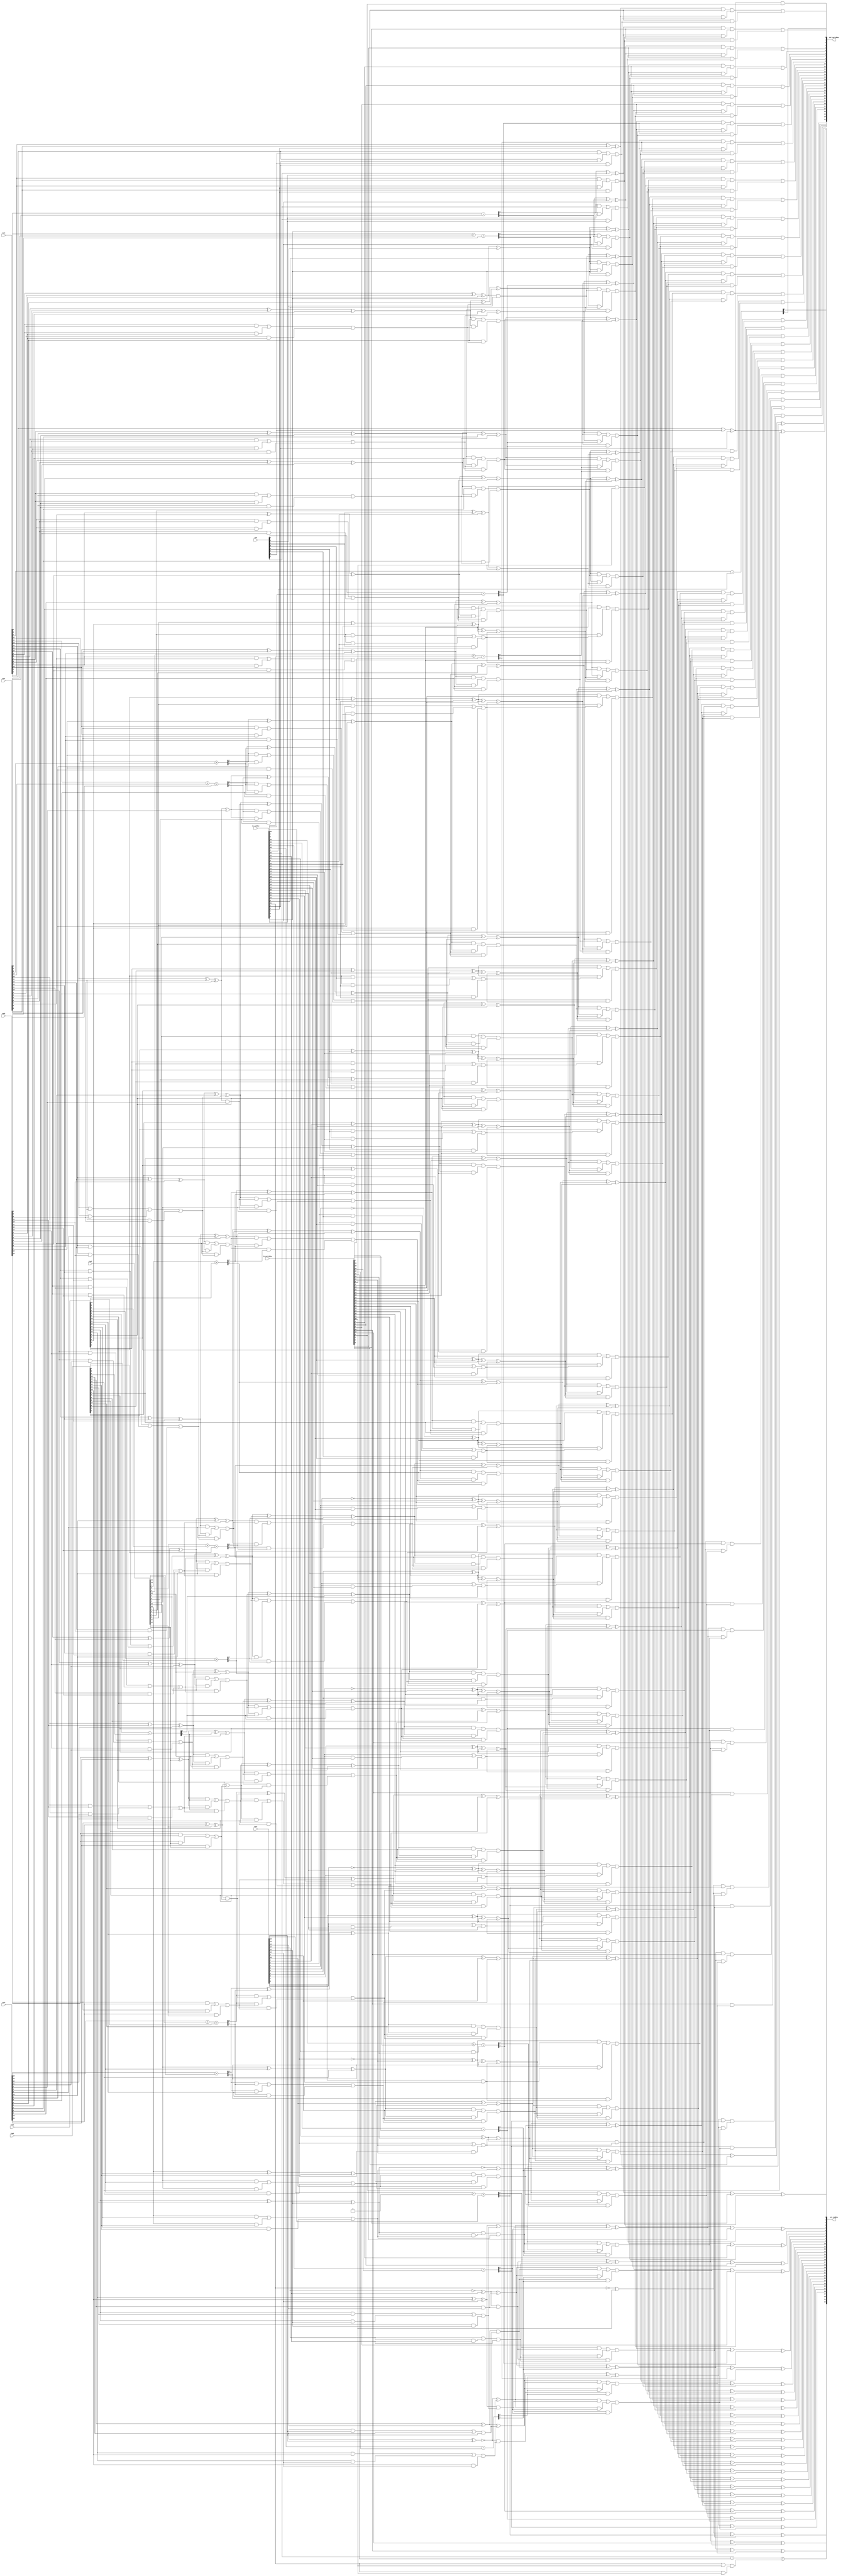
//`include "half_adder.v"
//`include "full_adder.v"
//`include "compressor4_2.v"


module Dadda(row0, row1, row2, row3, row4, row5, row6, row7, add, 
             in_sumRow, in_carryRow, out_sumRow, out_carryRow);

parameter BITWIDTH = 16;

//partial product row
input [16:0]    row0;
input [16:0]    row1;
input [16:0]    row2;
input [16:0]    row3;
input [16:0]    row4;
input [16:0]    row5;
input [16:0]    row6;
input [16:0]    row7;
input [7:0]     add;                 // 2's complement for each row
input [32:0]    in_sumRow;           // feedback row of sum
input [32:1]    in_carryRow;         // feedback row of carry

output reg [32:0]    out_sumRow;          // row of sum
output reg [32:1]    out_carryRow;        // row of carry

//reg [15:0] constant = 16'b1010_1010_1010_1011;

reg [21:13] stage1_cout;
reg [22:11] stage1_sum;
reg [18:15] stage1_sum2;
reg [23:12] stage1_carry;
reg [19:16] stage1_carry2;

reg [30:5]  stage2_cout;
reg [25:9]  stage2_cout2;
reg [30:3]  stage2_sum;
reg [28:7]  stage2_sum2;
reg [31:4]  stage2_carry;
reg [29:8]  stage2_carry2;

reg [32:1]  stage3_cout;
reg [32:0]  stage3_sum;
reg [33:1]  stage3_carry;

//---------------- stage 1  reduce 11->8 ----------------//
//reconnect input row
wire [32:0]  stage1_row0  = {in_sumRow[32], 1'b1, row7[16:15], row6[16:15], row5[16:15], row4[16:15], row3[16:15], row2[16:15], row1[16:15], row0};
wire [32:0]  stage1_row1  = {in_carryRow[32], in_sumRow[31], 2'b01, row7[14:13], row6[14:13], row5[14:13], row4[14:13], row3[14:13], row2[14:13], row1[14:0], add[0], in_sumRow[0]};
wire [31:1]  stage1_row2  = {in_carryRow[31], in_sumRow[30:29], 2'b01, row7[12:11], row6[12:11], row5[12:11], row4[12:11], row3[12:11], row2[12:0], add[1], in_sumRow[2:1]};
wire [30:1]  stage1_row3  = {in_carryRow[30:29], in_sumRow[28:27], 2'b01, row7[10:9], row6[10:9], row5[10:9], row4[10:9], row3[10:0], add[2], in_sumRow[4:3], in_carryRow[2:1]};
wire [28:3]  stage1_row4  = {in_carryRow[28:27], in_sumRow[26:25], 2'b01, row7[8:7], row6[8:7], row5[8:7], row4[8:0], add[3], in_sumRow[6:5], in_carryRow[4:3]};
wire [26:5]  stage1_row5  = {in_carryRow[26:25], in_sumRow[24:23], 2'b01, row7[6:5], row6[6:5], row5[6:0], add[4], in_sumRow[8:7], in_carryRow[6:5]};
wire [24:7]  stage1_row6  = {in_carryRow[24:23], in_sumRow[22:21], 2'b01, row7[4:3], row6[4:0], add[5], in_sumRow[10:9], in_carryRow[8:7]};
wire [22:9]  stage1_row7  = {in_carryRow[22:21], in_sumRow[20:19], 2'b01, row7[2:0], add[6], in_sumRow[12:11], in_carryRow[10:9]};
wire [20:11] stage1_row8  = {in_carryRow[20:19], in_sumRow[18:17], 1'b1, add[7], in_sumRow[14:13], in_carryRow[12:11]};
wire [18:13] stage1_row9  = {in_carryRow[18:17], in_sumRow[16:15], in_carryRow[14:13]};
wire [16:15] stage1_row10 = {in_carryRow[16:15]};

//---------------- stage 2  reduce 8->4 ----------------//
//reconnect input row
wire [32:0] stage2_row0 = {stage1_row0[32:23], stage1_sum[22:11], stage1_row0[10:0]};
wire [32:0] stage2_row1 = {stage1_row1[32:23], stage1_carry[22:12], stage1_row2[11], stage1_row1[10:0]};
wire [31:1] stage2_row2 = {stage1_row2[31:22], stage1_cout[21], stage1_row3[20:19], stage1_sum2[18:15], stage1_row4[14:13], stage1_row3[12:11], stage1_row2[10:1]};
wire [30:1] stage2_row3 = {stage1_row3[30:21], stage1_row4[20:19], stage1_carry2[18:16], stage1_row6[15], stage1_row5[14:13], stage1_row4[12], stage1_row4[11], stage1_row3[10:1]};
wire [28:3] stage2_row4 = {stage1_row4[28:21], stage1_row5[20:19], stage1_row6[18:17], stage1_row7[16], stage1_row7[15], stage1_row6[14:13], stage1_row5[12], stage1_row5[11], stage1_row4[10:3]};
wire [26:5] stage2_row5 = {stage1_row5[26:21], stage1_row6[20:19], stage1_row7[18:17], stage1_row8[16], stage1_row8[15], stage1_row7[14:13], stage1_row6[12], stage1_row6[11], stage1_row5[10:5]};
wire [24:7] stage2_row6 = {stage1_row6[24:21], stage1_row7[20:19], stage1_row8[18:17], stage1_row9[16], stage1_row9[15], stage1_row8[14:13], stage1_row7[12], stage1_row7[11], stage1_row6[10:7]};
wire [23:9] stage2_row7 = {stage1_carry[23], stage1_row7[22:21], stage1_row8[20:19], stage1_row9[18:17], stage1_row10[16], stage1_row10[15], stage1_row9[14:13], stage1_row8[12], stage1_row8[11], stage1_row7[10:9]};

//---------------- stage 3  reduce 4->2 ----------------//
//reconnect input row
wire [32:0] stage3_row0 = {stage2_row0[32:31], stage2_sum[30:3], stage2_row0[2:0]};
wire [32:0] stage3_row1 = {stage2_row1[32:31], stage2_carry[30:4], stage2_row2[3], stage2_row1[2:0]};
wire [31:1] stage3_row2 = {stage2_row2[31], stage2_cout[30], stage2_carry2[29], stage2_sum2[28:7], stage2_row4[6:5], stage2_row3[4:3], stage2_row2[2:1]};
wire [31:1] stage3_row3 = {stage2_carry[31], stage2_row3[30:29], stage2_carry2[28:8], stage2_row6[7], stage2_row5[6:5], stage2_row4[4:3], stage2_row3[2:1]};



//adder tree
integer i, j, k, m;
always @(*) begin
	//-----------------------------------------------------------------------------//
	//                                   stage 1                                   //
	//-----------------------------------------------------------------------------//
	{stage1_carry[12], stage1_sum[11]} = stage1_row0[11] + stage1_row1[11];
	{stage1_carry[13], stage1_sum[12]} = stage1_row0[12] + stage1_row1[12] + stage1_row2[12];
	stage1_cout[13] = 1'b0;

	for(i=13; i<=20; i=i+1) begin: stage1_42compressor
		if(i==19) begin
			stage1_cout[i+1] = (stage1_row0[i]&stage1_row1[i]) | (stage1_row0[i]&stage1_row2[i]) | (stage1_row1[i]&stage1_row2[i]);
			stage1_sum[i] = stage1_row0[i]^stage1_row1[i]^stage1_row2[i]^stage1_carry2[19]^stage1_cout[i];
			stage1_carry[i+1] = ((stage1_row0[i]^stage1_row1[i]^stage1_row2[i])&stage1_carry2[19]) | ((stage1_row0[i]^stage1_row1[i]^stage1_row2[i])&stage1_cout[i]) | (stage1_carry2[19]&stage1_cout[i]);
		end
		else if(i==20) begin
			stage1_cout[i+1] = (stage1_row0[i]&stage1_row1[i]) | (stage1_row0[i]&stage1_row2[i]) | (stage1_row1[i]&stage1_row2[i]);
			stage1_sum[i] = stage1_row0[i]^stage1_row1[i]^stage1_row2[i]^1'b0^stage1_cout[i];
			stage1_carry[i+1] = ((stage1_row0[i]^stage1_row1[i]^stage1_row2[i])&1'b0) | ((stage1_row0[i]^stage1_row1[i]^stage1_row2[i])&stage1_cout[i]) | (1'b0&stage1_cout[i]);
		end
		else begin
			stage1_cout[i+1] = (stage1_row0[i]&stage1_row1[i]) | (stage1_row0[i]&stage1_row2[i]) | (stage1_row1[i]&stage1_row2[i]);
			stage1_sum[i] = stage1_row0[i]^stage1_row1[i]^stage1_row2[i]^stage1_row3[i]^stage1_cout[i];
			stage1_carry[i+1] = ((stage1_row0[i]^stage1_row1[i]^stage1_row2[i])&stage1_row3[i]) | ((stage1_row0[i]^stage1_row1[i]^stage1_row2[i])&stage1_cout[i]) | (stage1_row3[i]&stage1_cout[i]);
		end
	end

	{stage1_carry[22], stage1_sum[21]} = stage1_row0[21] + stage1_row1[21] + stage1_row2[21];
	{stage1_carry[23], stage1_sum[22]} = stage1_row0[22] + stage1_row1[22];
	
	//second layer in stage 1
	{stage1_carry2[16], stage1_sum2[15]} = stage1_row4[15] + stage1_row5[15];
	{stage1_carry2[17], stage1_sum2[16]} = stage1_row4[16] + stage1_row5[16] + stage1_row6[16];
	{stage1_carry2[18], stage1_sum2[17]} = stage1_row4[17] + stage1_row5[17];
	{stage1_carry2[19], stage1_sum2[18]} = stage1_row4[18] + stage1_row5[18];


	{stage2_carry[4], stage2_sum[3]} = stage2_row0[3] + stage2_row1[3];
	{stage2_carry[5], stage2_sum[4]} = stage2_row0[4] + stage2_row1[4] + stage2_row2[4];
	stage2_cout[5] = 1'b0;

	for(j=5; j<=29; j=j+1) begin: stage2_42compressor_layer1
		if(j>=27) begin
			stage2_cout[j+1] = (stage2_row0[j]&stage2_row1[j]) | (stage2_row0[j]&stage2_row2[j]) | (stage2_row1[j]&stage2_row2[j]);
			stage2_sum[j] = stage2_row0[j]^stage2_row1[j]^stage2_row2[j]^1'b0^stage2_cout[j];
			stage2_carry[j+1] = ((stage2_row0[j]^stage2_row1[j]^stage2_row2[j])&1'b0) | ((stage2_row0[j]^stage2_row1[j]^stage2_row2[j])&stage2_cout[j]) | (1'b0&stage2_cout[j]);
		end
		else begin
			stage2_cout[j+1] = (stage2_row0[j]&stage2_row1[j]) | (stage2_row0[j]&stage2_row2[j]) | (stage2_row1[j]&stage2_row2[j]);
			stage2_sum[j] = stage2_row0[j]^stage2_row1[j]^stage2_row2[j]^stage2_row3[j]^stage2_cout[j];
			stage2_carry[j+1] = ((stage2_row0[j]^stage2_row1[j]^stage2_row2[j])&stage2_row3[j]) | ((stage2_row0[j]^stage2_row1[j]^stage2_row2[j])&stage2_cout[j]) | (stage2_row3[j]&stage2_cout[j]);
		end	
	end


	//-----------------------------------------------------------------------------//
	//                                   stage 2                                   //
	//-----------------------------------------------------------------------------//
	{stage2_carry[31], stage2_sum[30]} = stage2_row0[30] + stage2_row1[30] + stage2_row2[30];

	{stage2_carry2[8], stage2_sum2[7]} = stage2_row4[7] + stage2_row5[7];
	{stage2_carry2[9], stage2_sum2[8]} = stage2_row4[8] + stage2_row5[8] + stage2_row6[8];
	stage2_cout2[9] = 1'b0;
	
	for(k=9; k<=24; k=k+1) begin: stage2_42compressor_layer2
		if(k==24) begin
			stage2_cout2[k+1] = (stage2_row4[k]&stage2_row5[k]) | (stage2_row4[k]&stage2_row6[k]) | (stage2_row5[k]&stage2_row6[k]);
			stage2_sum2[k] = stage2_row4[k]^stage2_row5[k]^stage2_row6[k]^1'b0^stage2_cout2[k];
			stage2_carry2[k+1] = ((stage2_row4[k]^stage2_row5[k]^stage2_row6[k])&1'b0) | ((stage2_row4[k]^stage2_row5[k]^stage2_row6[k])&stage2_cout2[k]) | (1'b0&stage2_cout2[k]);
		end
		else begin
			stage2_cout2[k+1] = (stage2_row4[k]&stage2_row5[k]) | (stage2_row4[k]&stage2_row6[k]) | (stage2_row5[k]&stage2_row6[k]);
			stage2_sum2[k] = stage2_row4[k]^stage2_row5[k]^stage2_row6[k]^stage2_row7[k]^stage2_cout2[k];
			stage2_carry2[k+1] = ((stage2_row4[k]^stage2_row5[k]^stage2_row6[k])&stage2_row7[k]) | ((stage2_row4[k]^stage2_row5[k]^stage2_row6[k])&stage2_cout2[k]) | (stage2_row7[k]&stage2_cout2[k]);
		end
	end

	{stage2_carry2[26], stage2_sum2[25]} = stage2_row4[25] + stage2_row5[25] + stage2_cout2[25];
	{stage2_carry2[27], stage2_sum2[26]} = stage2_row4[26] + stage2_row5[26];
	{stage2_carry2[28], stage2_sum2[27]} = stage2_row3[27] + stage2_row4[27];
	{stage2_carry2[29], stage2_sum2[28]} = stage2_row3[28] + stage2_row4[28];


	//-----------------------------------------------------------------------------//
	//                                   stage 1                                   //
	//-----------------------------------------------------------------------------//
	{stage3_carry[1],stage3_sum[0]} =  stage3_row0[0] + stage3_row1[0];
	stage3_cout[1] = 1'b0;

	for(m=1; m<=31; m=m+1) begin: stage3_42compressor
		stage3_cout[m+1] = (stage3_row0[m]&stage3_row1[m]) | (stage3_row0[m]&stage3_row2[m]) | (stage3_row1[m]&stage3_row2[m]);
		stage3_sum[m] = stage3_row0[m]^stage3_row1[m]^stage3_row2[m]^stage3_row3[m]^stage3_cout[m];
		stage3_carry[m+1] = ((stage3_row0[m]^stage3_row1[m]^stage3_row2[m])&stage3_row3[m]) | ((stage3_row0[m]^stage3_row1[m]^stage3_row2[m])&stage3_cout[m]) | (stage3_row3[m]&stage3_cout[m]);
	end

	{stage3_carry[33], stage3_sum[32]} = stage3_row0[32] + stage3_row1[32] + stage3_cout[32];
	
	
	//----------------- finiish result 2 row ------------------//
	out_sumRow = stage3_sum;
	out_carryRow = stage3_carry[32:1];
end

endmodule